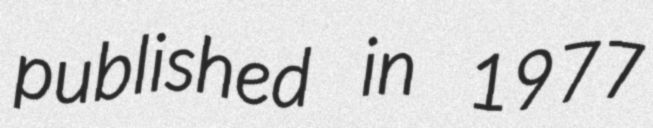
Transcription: published in 1977